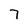
Character: 7